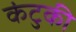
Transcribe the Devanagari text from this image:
कंटुकी